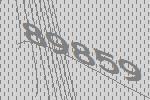
89859